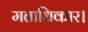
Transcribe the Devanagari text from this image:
मताधिकार।